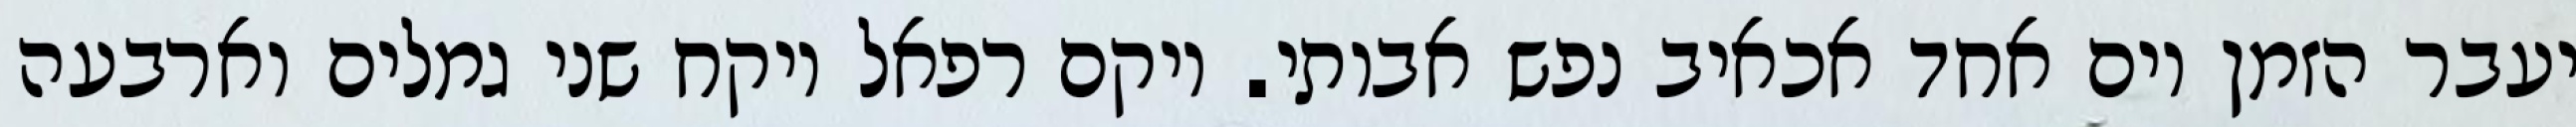
יעבר הזמן יום אחד אכאיב נפש אבותי. ויקם רפאל ויקח שני גמלים וארבעה